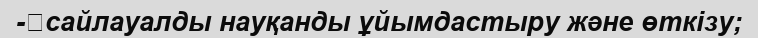
-	сайлауалды науқанды ұйымдастыру және өткізу;